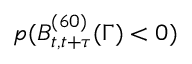
p ( B _ { t , t + \tau } ^ { ( 6 0 ) } ( \Gamma ) < 0 )